Mental hospitals Bombay report 1921-28 - 1921-1928
Year: 1921
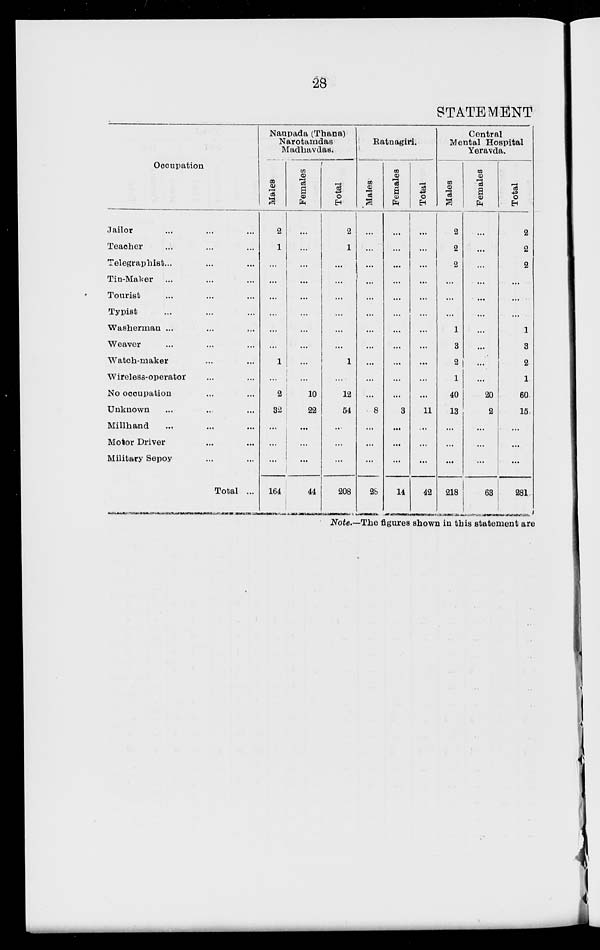
28
STATEMENT
Occupation
Jailor... ... ...
Teacher... ... ...
Telegraphist... ... ...
Tin-Maker... ... ...
Tourist... ... ...
Typist... ... ...
Washerman... ... ...
Weaver... ... ...
Watch-maker... ... ...
Wireless-operator... ...
No occupation... ...
Unknown... ... ...
Millhand... ... ...
Motor Driver... ... ...
Military Sepoy... ...
Total ...
Naupada (Thana)
Narotamdas
Madhavdas.
Males
2
1
...
...
...
...
...
...
1
...
2
32
...
...
...
164
Females
...
...
...
...
...
...
...
...
...
...
10
22
...
...
...
44
Total
2
1
...
...
...
...
...
...
1
...
12
54
...
...
...
208
Ratnagiri.
Males
...
...
...
...
...
...
...
...
...
...
...
8
...
...
...
28
Females
...
...
...
...
...
...
...
...
...
...
...
3
...
...
...
14
Total
...
...
...
...
...
...
...
...
...
...
...
11
...
...
...
42
Central
Mental Hospital
Yeravda.
Males
2
2
2
...
...
...
1
3
2
1
40
13
...
...
...
218
Females
...
...
...
...
...
...
...
...
...
...
20
2
...
...
...
63
Total
2
2
2
...
...
...
1
3
2
1
60
15
...
...
...
281
Note.—The figures shown in this statement are